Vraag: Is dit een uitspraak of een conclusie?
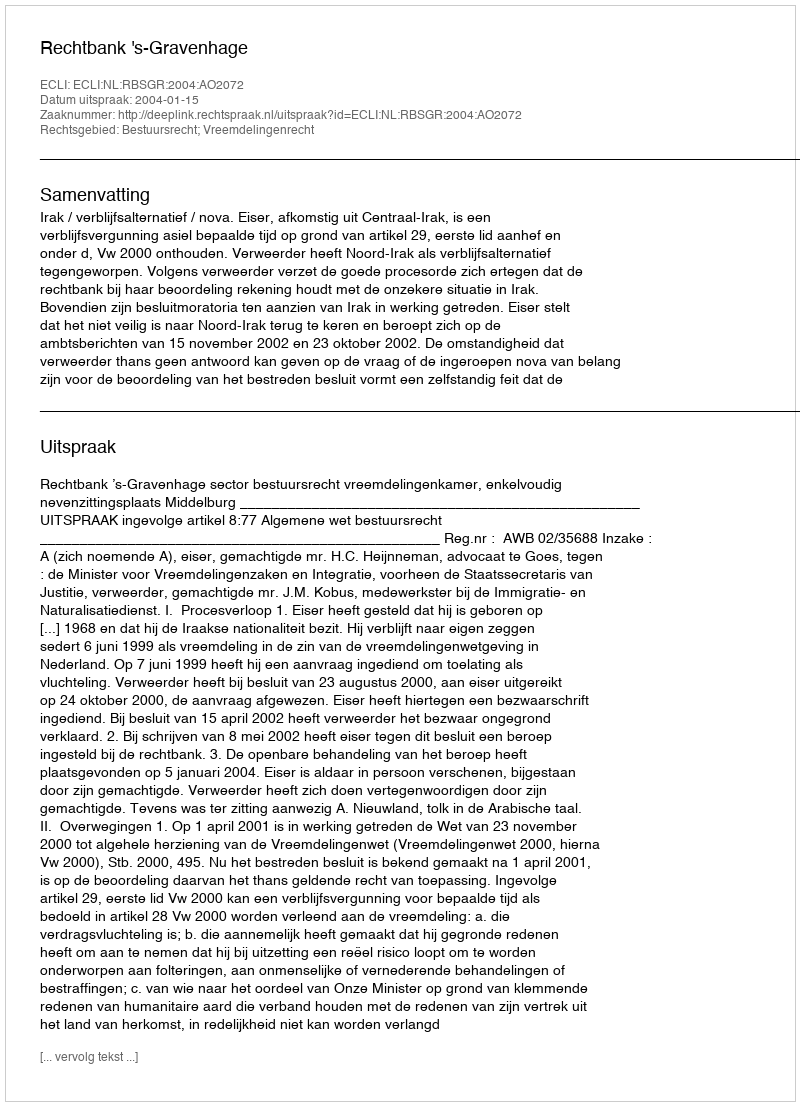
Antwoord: Uitspraak